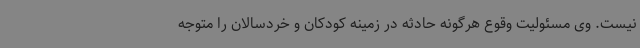
نیست. وی مسئولیت وقوع هرگونه حادثه در زمینه کودکان و خردسالان را متوجه